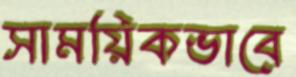
সাময়িকভাবে